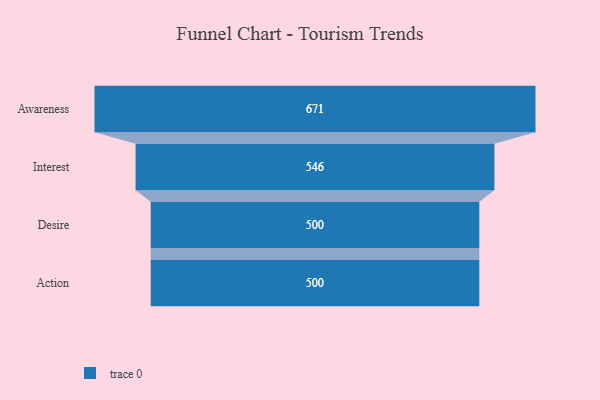
{"axis": {"x": "Stage", "y": "Value"}, "legend": [""], "data": [{"x": "Awareness", "y": 671.0, "type": ""}, {"x": "Interest", "y": 546.0, "type": ""}, {"x": "Desire", "y": 500, "type": ""}, {"x": "Action", "y": 500, "type": ""}]}